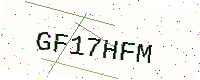
Text: GF17HFM